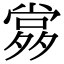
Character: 𡖹